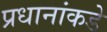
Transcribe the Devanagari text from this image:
प्रधानांकडे